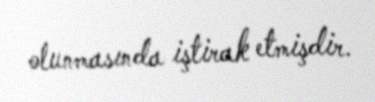
olunmasında iştirak etmişdir.